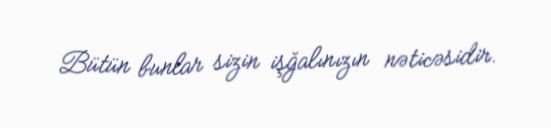
Bütün bunlar sizin işğalınızın nəticəsidir.